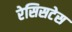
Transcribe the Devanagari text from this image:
रेसिसटेस